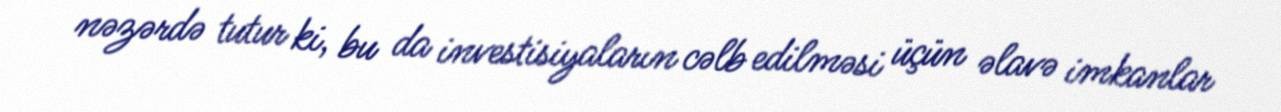
nəzərdə tutur ki, bu da investisiyaların cəlb edilməsi üçün əlavə imkanlar